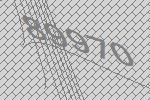
89970